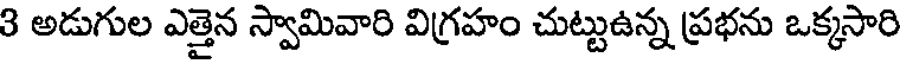
3 అడుగుల ఎత్తైన స్వామివారి విగ్రహం చుట్టుఉన్న ప్రభను ఒక్కసారి